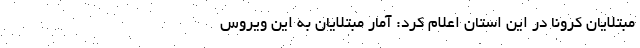
مبتلایان کرونا در این استان اعلام کرد: آمار مبتلایان به این ویروس